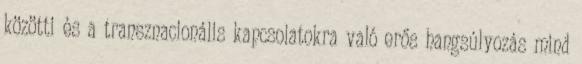
közötti és a transznacionális kapcsolatokra való erős hangsúlyozás mind